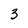
Character: 3